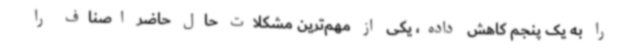
را به یک پنجم کاهش داده، یکی از مهم‌ترین مشکلات حال حاضر اصناف را